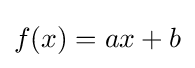
f(x)=ax+b